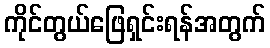
ကိုင်တွယ်ဖြေရှင်းရန်အတွက်